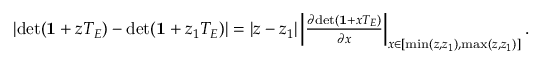
\begin{array} { r } { \left| \mathrm { d e t } ( { \bf 1 } + z T _ { E } ) - \mathrm { d e t } ( { \bf 1 } + z _ { 1 } T _ { E } ) \right| = | z - z _ { 1 } | \left| \frac { \partial \mathrm { d e t } ( { \bf 1 } + x T _ { E } ) } { \partial x } \right| _ { x \in [ \mathrm { m i n } ( z , z _ { 1 } ) , \mathrm { m a x } ( z , z _ { 1 } ) ] } . } \end{array}